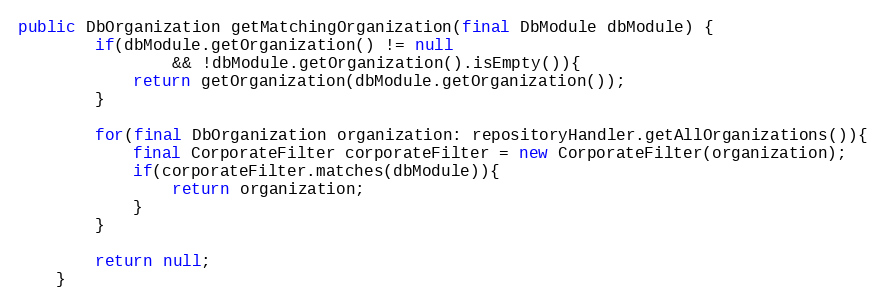
Language: Java
public DbOrganization getMatchingOrganization(final DbModule dbModule) {
        if(dbModule.getOrganization() != null
                && !dbModule.getOrganization().isEmpty()){
            return getOrganization(dbModule.getOrganization());
        }

        for(final DbOrganization organization: repositoryHandler.getAllOrganizations()){
            final CorporateFilter corporateFilter = new CorporateFilter(organization);
            if(corporateFilter.matches(dbModule)){
                return organization;
            }
        }

        return null;
    }